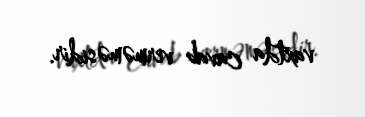
vaxtda cavab verməməsidir.